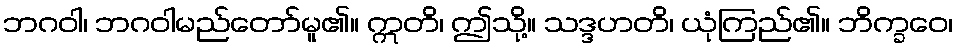
ဘဂဝါ၊ ဘဂဝါမည်တော်မူ၏။ ဣတိ၊ ဤသို့။ သဒ္ဒဟတိ၊ ယုံကြည်၏။ ဘိက္ခဝေ၊